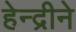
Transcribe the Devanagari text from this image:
हेन्द्रीने